Leaving Certificate Examination, 1902
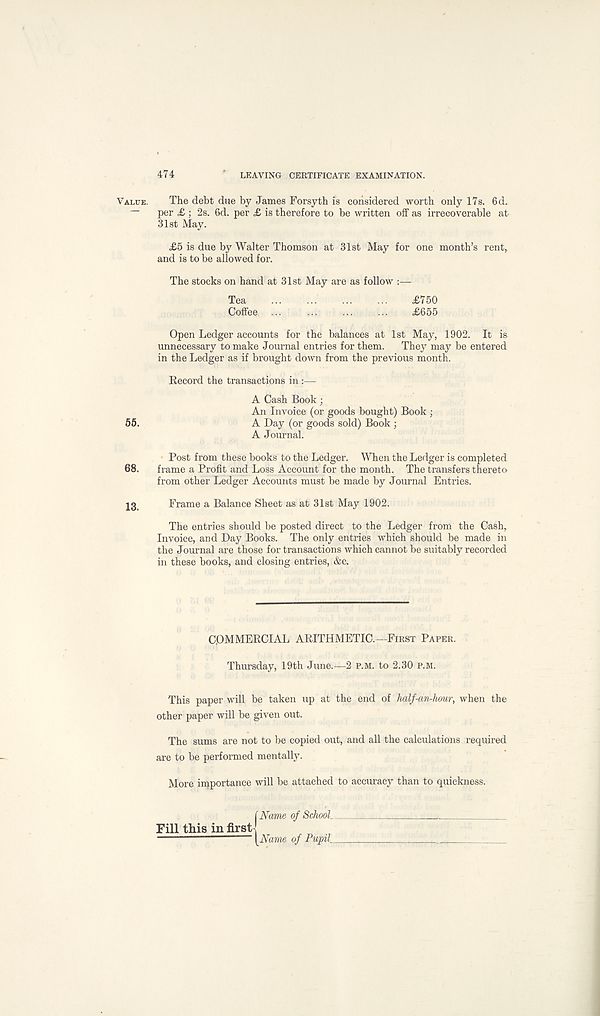
474
LEAVING CERTIFICATE EXAMINATION.
Value. The debt due by James Forsyth is considered worth only 17s. 6d.
-- per £ ; 2s. 6d. per £ is therefore to be written off as irrecoverable at
31st May.
£5 is due by Walter Thomson at 31st May for one month’s rent,,
and is to be allowed for.
The stocks on hand at 31st May are as follow :—
Tea
£750
Coffee
£655
Open Ledger accounts for the balances at 1st May, 1902. It is
unnecessary to make Journal entries for them. They may be entered
in the Ledger as if brought down from the previous month.
Eecord the transactions in:—
A Cash Book ;
An Invoice (or goods bought) Book ;
55.
A Day (or goods sold) Book ;
A Journal.
Post from these books to the Ledger. When the Ledger is completed
68. frame a Profit and Loss Account for the month. The transfers thereto
from other Ledger Accounts must be made by Journal Entries.
13
Frame a Balance Sheet as at 31st May 1902.
The entries should be posted direct to the Ledger from the Cash,
Invoice, and Day Books. The only entries which should be made in
the Journal are those for transactions which cannot be suitably recorded
in these books, and closing entries, &c.
C.OMMERCIAL ARITHMETIC.—First Paper.
Thursday, 19th June.—2 p.m. to 2.30 p.m.
This paper will be taken up at the end of half-an-hour, when the
other paper will be given out.
The sums are not to be copied out, and all the calculations required
are to be performed mentally.
More importance will be attached to accuracy than to quickness.
(Name of School t.i
Fill this in first’’ [Name of Pupil